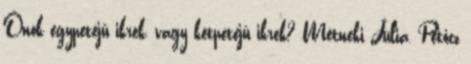
Önök egypetéjû ikrek, vagy kétpetéjû ikrek? Métneki Júlia, Petőcz